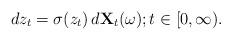
LaTeX: \begin{align*}dz_t &= \sigma(z_t)\, d\mathbf{X}_t(\omega); t \in [0,\infty).\end{align*}